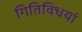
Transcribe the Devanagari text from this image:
गितिविधयां